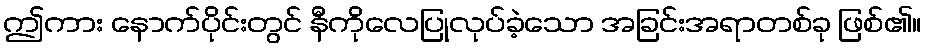
ဤကား နောက်ပိုင်းတွင် နီကိုလေပြုလုပ်ခဲ့သော အခြင်းအရာတစ်ခု ဖြစ်၏။